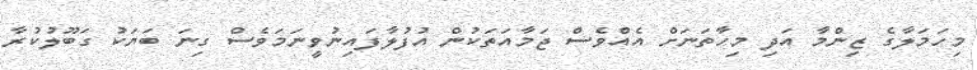
މިހަމަލާގެ ޒިންމާ އަދި މިހާތަނަށް އެއްވެސް ޖަމާއަތަކުން އުފުލާފައިނުވީނަމަވެސް ގިނަ ބަޔަކު ގަބޫލުކުރާ